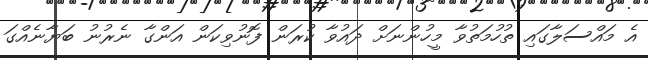
އެ މައްސަލާގައި ތުހުމަތުވާ މީހުންނަށް ދައުވާ ކުރަން ފޮނުވިކަން އަންގާ ނެރުނު ބަޔާނެއްގަ